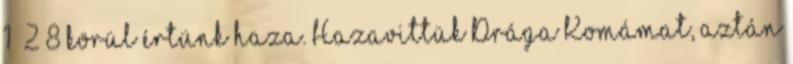
1 2 8 körül értünk haza. Hazavittük Drága Komámat, aztán